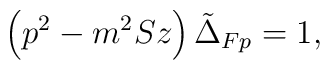
\left( p^2-m^2Sz\right) \tilde{\Delta}_{Fp}=1,